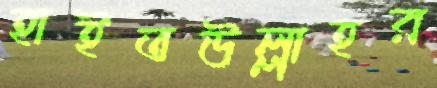
হাইতউল্লাহর